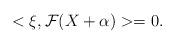
LaTeX: \begin{align*}<\mathcal{\xi},\mathcal{F}(X+\alpha)>=0. \end{align*}